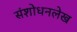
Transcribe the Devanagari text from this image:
संशोधनलेख